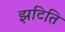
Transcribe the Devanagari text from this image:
झटिति